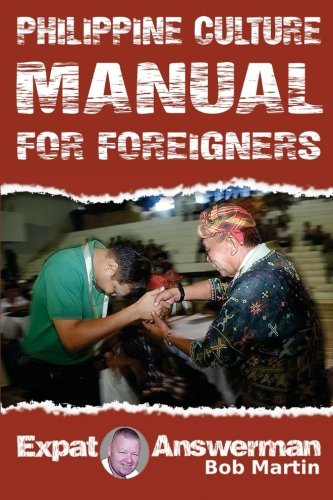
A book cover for Philippine Culture Manual for Foreigners: Understanding the Culture of the Philippines; Bob Martin; Travel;